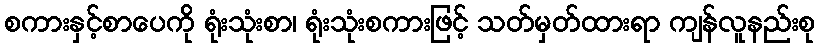
စကားနှင့်စာပေကို ရုံးသုံးစာ၊ ရုံးသုံးစကားဖြင့် သတ်မှတ်ထားရာ ကျန်လူနည်းစု